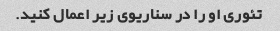
تئوری او را در سناریوی زیر اعمال کنید.